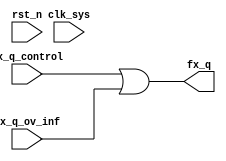
//fx_bus.v
//bus for more slave 

module fx_bus(
//for more device
fx_q_control,
fx_q_ov_inf,
//for master
fx_q,
//clk rsr
clk_sys,
rst_n
);
//for more device
input [7:0]	fx_q_control;
input [7:0]	fx_q_ov_inf;
//for master
output [7:0]	fx_q;
//clk rsr
input clk_sys;
input rst_n;
//------------------------------------------
//------------------------------------------

wire [7:0] fx_q;
assign fx_q = fx_q_control | fx_q_ov_inf;


endmodule